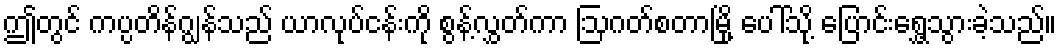
ဤတွင် ကပ္ပတိန်ဂျွန်သည် ယာလုပ်ငန်းကို စွန့်လွှတ်ကာ ဩဂတ်စတာမြို့ ပေါ်သို့ ပြောင်းရွှေ့သွားခဲ့သည်။